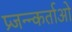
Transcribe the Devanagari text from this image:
प्र्जन्न्कर्ताओ